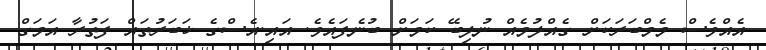
އެއްވެސް މެމްބަރަކަށް ގެއްލުމެއް ނުލިބޭ ކަމަށް ބުނެފައެވެ. އައި.އެސްގެ ޚަބަރުތައް ފަތުރާ އަމަގް